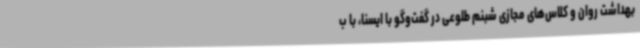
بهداشت روان و کلاس‌های مجازی شبنم طلوعی در گفت‌وگو با ایسنا، با ب